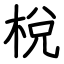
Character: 梲